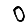
Digit: 0